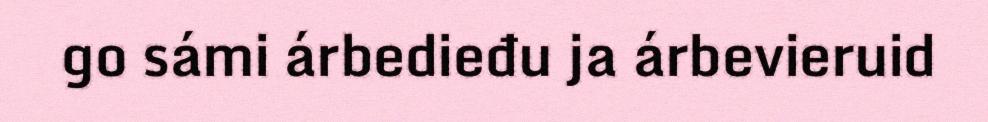
go sámi árbedieđu ja árbevieruid